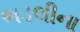
ભડલીના